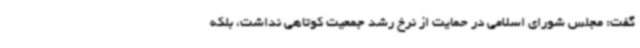
گفت: مجلس شورای اسلامی در حمایت از نرخ رشد جمعیت کوتاهی نداشت، بلکه